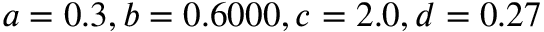
a = 0 . 3 , b = 0 . 6 0 0 0 , c = 2 . 0 , d = 0 . 2 7